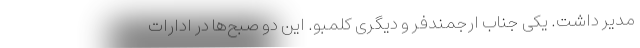
مدیر داشت. یکی جناب ارجمندفر و دیگری کلمبو. این دو صبح‌ها در ادارات